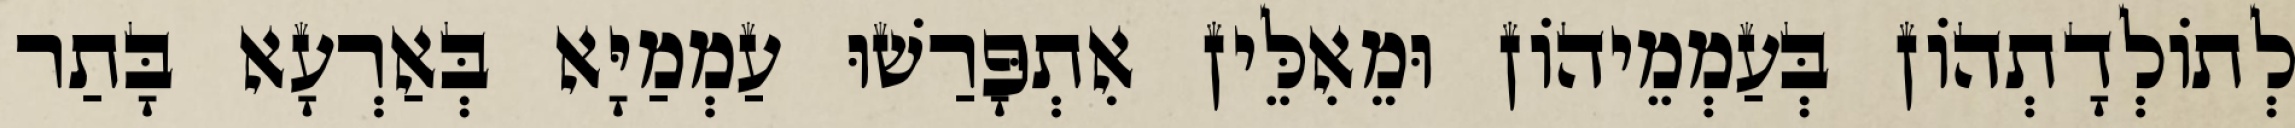
לְתוֹלְדָתְהוֹן בְּעַמְמֵיהוֹן וּמֵאִלֵּין אִתְפָּרַשׁוּ עַמְמַיָּא בְּאַרְעָא בָּתַר